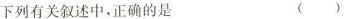
下列有关叙述中，正确的是 （ ）